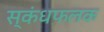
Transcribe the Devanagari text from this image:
स्कंधफलक